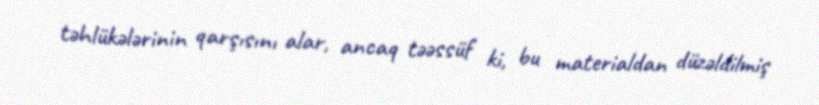
təhlükələrinin qarşısını alar, ancaq təəssüf ki, bu materialdan düzəldilmiş